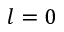
l = 0